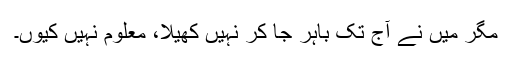
مگر میں نے آج تک باہر جا کر نہیں کھیلا، معلوم نہیں کیوں۔